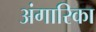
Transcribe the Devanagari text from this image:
अंगारिका